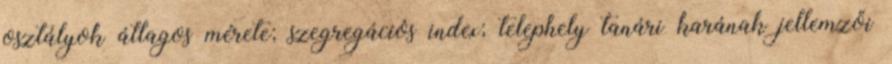
osztályok átlagos mérete; szegregációs index; telephely tanári karának jellemzői